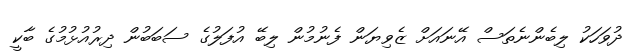
ދުވަހަކު ލިބެންނެތަސް އޭނައަށް ޒެވިޔަން ފެނުމުން ލިބޭ އުފަލުގެ ސަބަބުން ދިރުއުޅުމުގެ ބާކީ